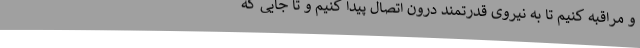
و مراقبه کنیم تا به نیروی قدرتمند درون اتصال پیدا کنیم و تا جایی که